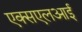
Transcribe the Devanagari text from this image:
एक्सएलआई